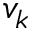
v _ { k }